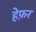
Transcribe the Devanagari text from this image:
हेफ़र